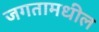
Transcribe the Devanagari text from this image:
जगतामधील